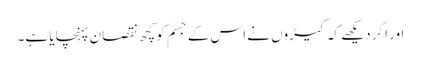
اور اگر دیکھے کہ کیڑوں نے اس کے جسم کو کچھ نقصان پہنچایا ہے۔